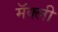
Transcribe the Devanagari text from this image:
मॅक्ली